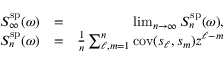
\begin{array} { r l r } { S _ { \infty } ^ { \mathrm { s p } } ( \omega ) } & { = } & { \operatorname* { l i m } _ { n \rightarrow \infty } S _ { n } ^ { \mathrm { s p } } ( \omega ) , } \\ { S _ { n } ^ { \mathrm { s p } } ( \omega ) } & { = } & { \frac { 1 } { n } \sum _ { \ell , m = 1 } ^ { n } \mathrm { c o v } ( s _ { \ell } , s _ { m } ) z ^ { \ell - m } } \end{array}